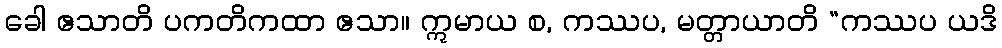
ခေါ ဧသာတိ ပကတိကထာ ဧသာ။ ဣမာယ စ, ကဿပ, မတ္တာယာတိ “ကဿပ ယဒိ